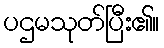
ပဌမသုတ်ပြီး၏။